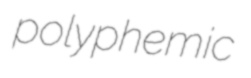
polyphemic